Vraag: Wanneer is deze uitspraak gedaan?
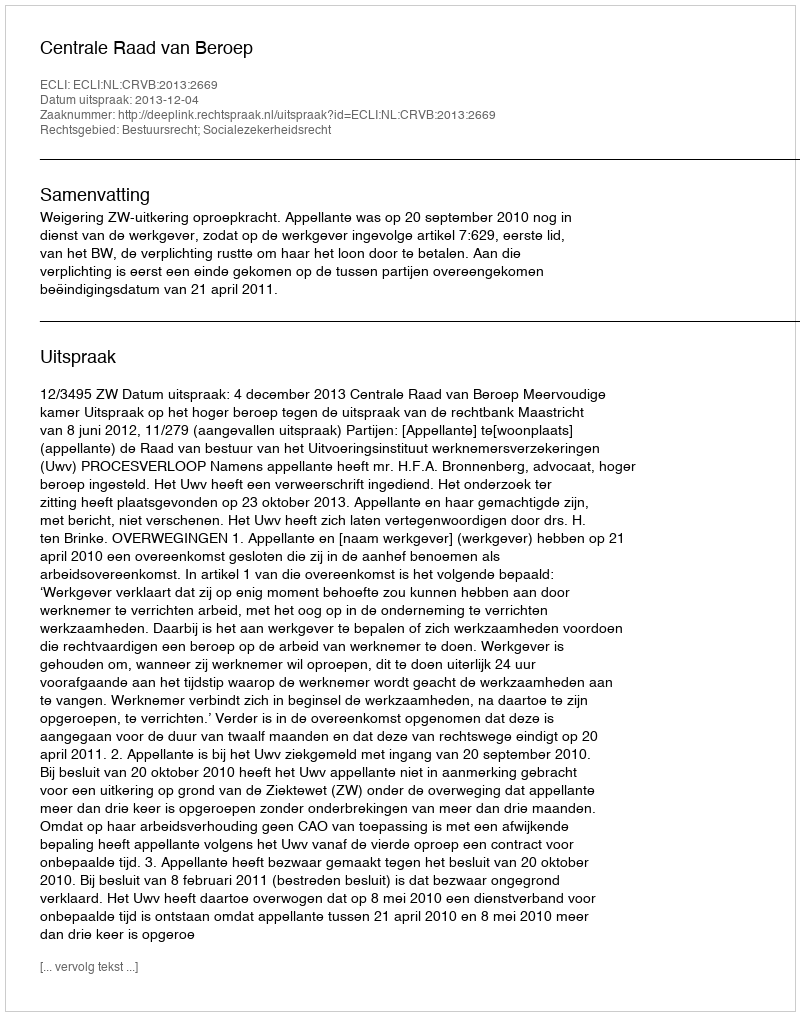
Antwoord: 2013-12-04